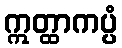
ဣတ္ထာကပ္ပံ